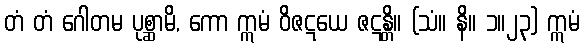
တံ တံ ဂေါတမ ပုစ္ဆာမိ, ကော ဣမံ ဝိဇဋယေ ဇဋန္တိ။ (သံ။ နိ။ ၁။၂၃) ဣမံ